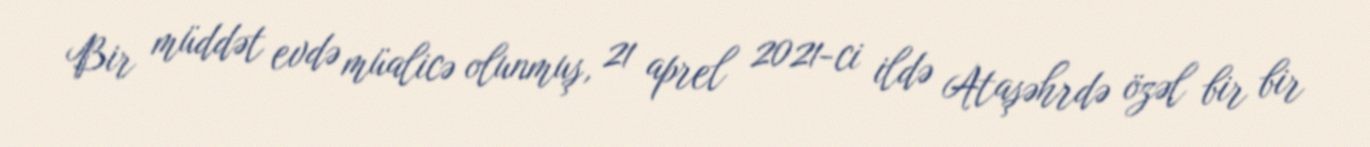
Bir müddət evdə müalicə olunmuş, 21 aprel 2021-ci ildə Ataşəhrdə özəl bir bir